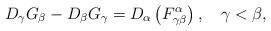
LaTeX: \begin{align*}D_\gamma G_\beta-D_\beta G_\gamma=D_\alpha\left(F^\alpha_{\gamma\beta}\right), \quad\gamma<\beta, \end{align*}